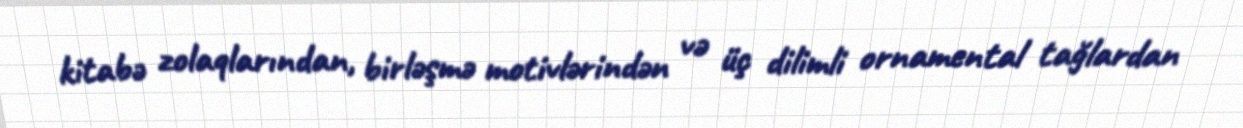
kitabə zolaqlarından, birləşmə motivlərindən və üç dilimli ornamental tağlardan